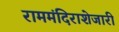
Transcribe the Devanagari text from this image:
राममंदिराशेजारी